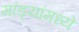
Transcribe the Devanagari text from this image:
मांड्यांमध्ये